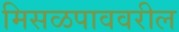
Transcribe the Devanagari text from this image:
मिसळपाववरील